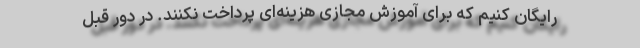
رایگان کنیم که برای آموزش مجازی هزینه‌ای پرداخت نکنند. در دور قبل